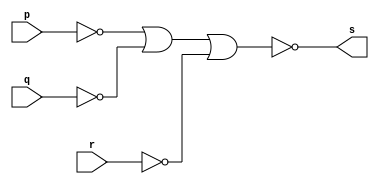
// -------------------------
// Ex4  
// Nome: Vinicius Bordoni
// -------------------------
// -------------------------
// -- AND_Morgan gate
// -------------------------
module AND_Morgangate ( output s,
input p, q, r);
assign s = ( ~((~p)|(~q)|(~r)) );
endmodule // AND_Morgangate
// ---------------------
// -- test AND_Morgan gate
// ---------------------
module testAND_Morgangate;
// ------------------------- dados locais
reg a, b, c; // definir registradores
wire s; // definir conexao (fio)
// ------------------------- instancia
AND_Morgangate AND_Morgan1 (s, a, b, c);
// ------------------------- preparacao
initial begin:start
a=0; b=0; c=0;
end

// ------------------------- parte principal
initial begin
$display("Ex1 Nand gate - Vinicius Bordoni - 365595");
$display("Test AND_Morgan gate");
$display("\na  b = s\n");
$monitor("%b   %b  %b  =  %b", a, b, c, s); 
#1 a=0; b=0; c=0;
#1 a=0; b=0; c=1;
#1 a=0; b=1; c=0;
#1 a=0; b=1; c=1;
#1 a=1; b=0; c=0;
#1 a=1; b=0; c=1;
#1 a=1; b=1; c=0;
#1 a=1; b=1; c=1;
end
endmodule // testAND_Morgangate